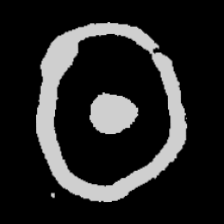
Pyu character \u2014 Myanmar letter: ထ (romanized: tha)